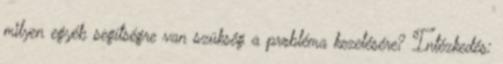
milyen egyéb segítségre van szükség a probléma kezelésére? Intézkedés: